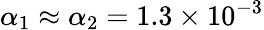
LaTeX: \alpha_{1}\approx\alpha_{2}=1.3\times 10^{-3}